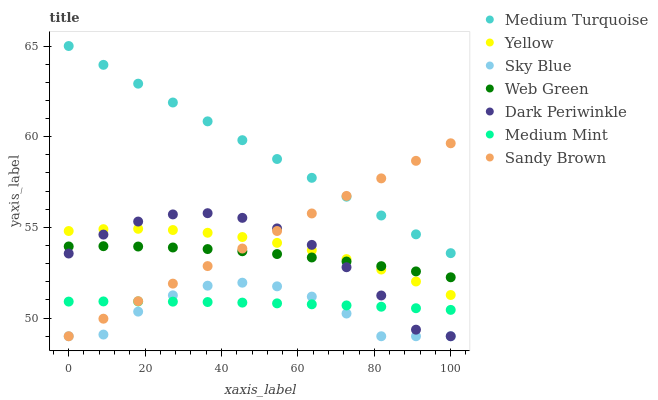
| xaxis_label | Medium Turquoise | Yellow | Sky Blue | Web Green | Dark Periwinkle | Medium Mint | Sandy Brown |
 | --- | --- | --- | --- | --- | --- | --- | --- |
 | 0 | 65 | 54.8 | 49 | 54 | 53.6 | 50.9 | 49 |
 | 9.09 | 64 | 54.9 | 49.1 | 54 | 54.6 | 50.9 | 50 |
 | 18.2 | 62.9 | 54.9 | 50.4 | 53.9 | 55.3 | 50.9 | 50.9 |
 | 27.3 | 61.9 | 54.9 | 51.3 | 53.9 | 55.7 | 50.9 | 51.9 |
 | 36.4 | 60.8 | 54.7 | 51.8 | 53.8 | 55.8 | 50.9 | 52.9 |
 | 45.5 | 59.8 | 54.5 | 52 | 53.7 | 55.5 | 50.9 | 53.8 |
 | 54.5 | 58.8 | 54.1 | 51.8 | 53.5 | 54.9 | 50.8 | 54.8 |
 | 63.6 | 57.7 | 53.7 | 51.2 | 53.3 | 54 | 50.8 | 55.8 |
 | 72.7 | 56.7 | 53.3 | 50.3 | 53.1 | 52.8 | 50.7 | 56.7 |
 | 81.8 | 55.7 | 52.7 | 49 | 52.9 | 51.2 | 50.6 | 57.7 |
 | 90.9 | 54.6 | 52 | 49 | 52.6 | 49.4 | 50.5 | 58.7 |
 | 100 | 53.6 | 51.3 | 49 | 52.3 | 49 | 50.5 | 59.6 |